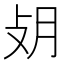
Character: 𢻿